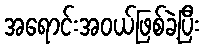
အရောင်းအဝယ်ဖြစ်ခဲ့ပြီး